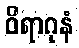
ဝိရာဂုနံ